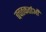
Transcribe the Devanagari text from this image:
बचतकर्ताओं